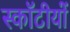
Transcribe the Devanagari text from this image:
स्कॉटीयों